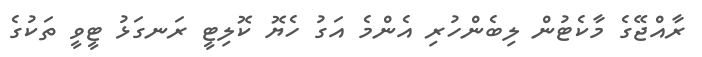
ރާއްޖޭގެ މާކެޓުން ލިބެންހުރި އެންމެ އަގު ހެޔޮ ކޮލިޓީ ރަނގަޅު ޓީވީ ތަކުގެ